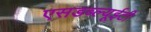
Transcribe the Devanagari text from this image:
एसडब्ल्यूईटी